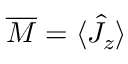
\overline { { M } } = \langle \hat { J } _ { z } \rangle